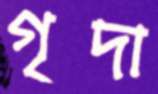
গৃদা